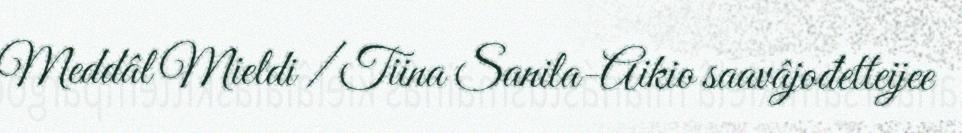
Meddâl Mieldi / Tiina Sanila-Aikio saavâjođetteijee